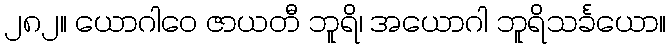
၂၈၂။ ယောဂါဝေ ဇာယတီ ဘူရိ၊ အယောဂါ ဘူရိသင်္ခယော။